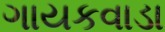
ગાયકવાડા